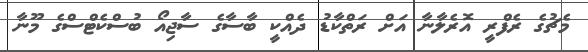
މެޗުގެ ރެފްރީ އޮރެލާނާ އަށް ރަތްކާޑު ދެއްކީ ބާސާގެ ސާޖިއޯ ބުސްކެޓްސްގެ މޫނާ